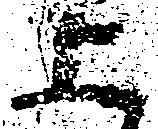
上